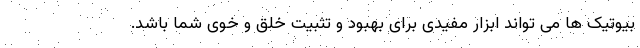
بیوتیک ها می تواند ابزار مفیدی برای بهبود و تثبیت خلق و خوی شما باشد.